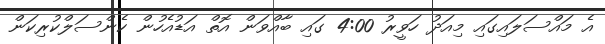
އެ މައްސަލައިގައި މިއަދު ހަވީރު 4:00 ގައި ބާއްވަން އޮތް އަޑުއެހުން ކެންސަލްކުރިކަން